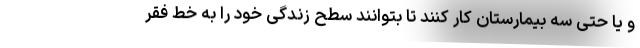
و یا حتی سه بیمارستان کار کنند تا بتوانند سطح زندگی خود را به خط فقر